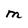
Character: M